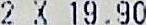
2 X 19.90